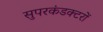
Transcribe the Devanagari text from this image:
सुपरकंडक्टरों